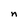
Character: n